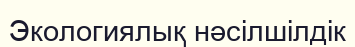
Экологиялық нәсілшілдік